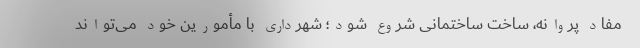
مفاد پروانه، ساخت ساختمانی شروع شود؛ شهرداری با مأمورین خود می‌تواند